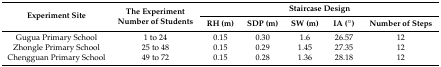
<table><thead><tr><td rowspan="2"><b>Experiment Site</b></td><td rowspan="2"><b>The Experiment Number of Students</b></td><td colspan="5"><b>Staircase Design</b></td></tr><tr><td><b>RH (m)</b></td><td><b>SDP (m)</b></td><td><b>SW (m)</b></td><td><b>IA (°)</b></td><td><b>Number of Steps</b></td></tr></thead><tbody><tr><td>Gugua Primary School</td><td>1 to 24</td><td>0.15</td><td>0.30</td><td>1.6</td><td>26.57</td><td>12</td></tr><tr><td>Zhongle Primary School</td><td>25 to 48</td><td>0.15</td><td>0.29</td><td>1.45</td><td>27.35</td><td>12</td></tr><tr><td>Chengguan Primary School</td><td>49 to 72</td><td>0.15</td><td>0.28</td><td>1.36</td><td>28.18</td><td>12</td></tr></tbody></table>